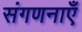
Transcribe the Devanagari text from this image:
संगणनाएँ